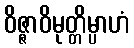
ဝိဇ္ဇာဝိမုတ္တိမ္ပာဟံ